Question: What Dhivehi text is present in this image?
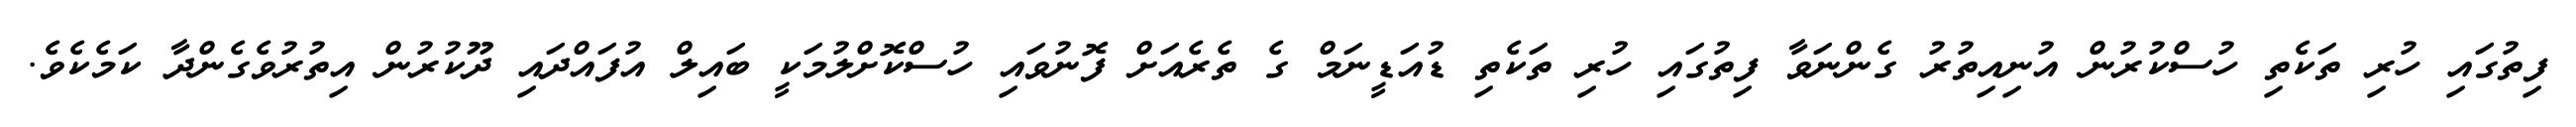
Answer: ފިތުގައި ހުރި ތަކެތި ހުސްކުރުން އުނިއިތުރު ގެންނަވާ ފިތުގައި ހުރި ތަކެތި ޑުއަޑީނަމް ގެ ތެރެއަށް ފޮނުވައި ހުސްކޮށްލުމަކީ ބައިލް އުފައްދައި ދޫކުރުން އިތުރުވެގެންދާ ކަމެކެވެ.